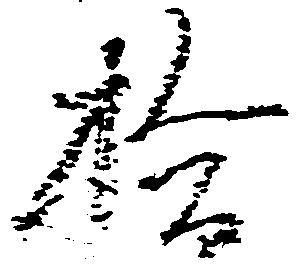
拾